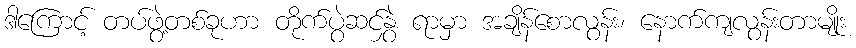
ဒါကြောင့် တပ်ဖွဲ့တစ်ခုဟာ တိုက်ပွဲဆင်နွှဲ ရာမှာ အချိန်စောလွန်း၊ နောက်ကျလွန်းတာမျိုး